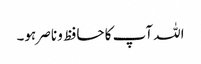
اللہ آپ کا حافظ و ناصر ہو۔